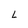
Character: L